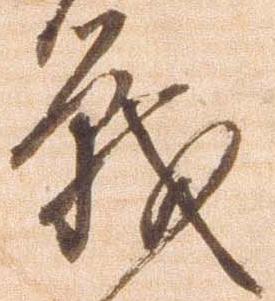
戦